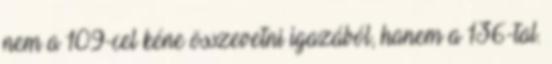
nem a 109-cel kéne összevetni igazából, hanem a 136-tal.